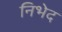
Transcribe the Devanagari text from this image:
निभेद